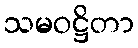
သမဝဋ္ဌိတာ